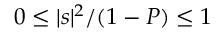
0 \leq | s | ^ { 2 } / ( 1 - P ) \leq 1